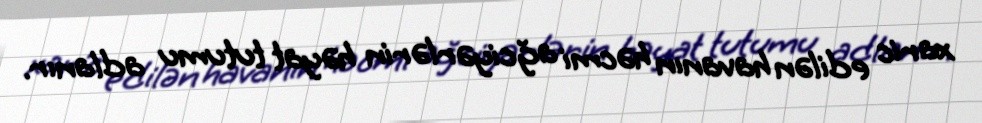
xaric edilən havanın həcmi ağciyərlərin həyat tutumu adlanır.